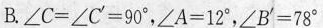
B.$$\angle C = \angle C^{'} = 9 0°$$，$$$$\angle A = 1 2°$$，$$\angle B^{'} = 7 8°$$